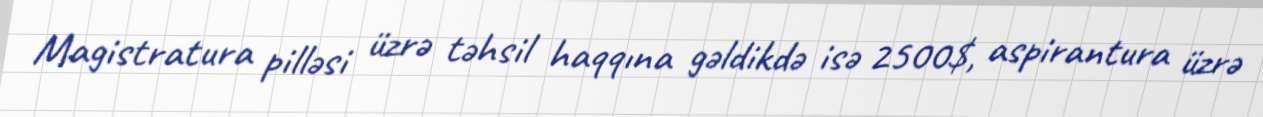
Magistratura pilləsi üzrə təhsil haqqına gəldikdə isə 2500$, aspirantura üzrə